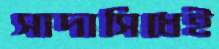
সাদাসিধেই